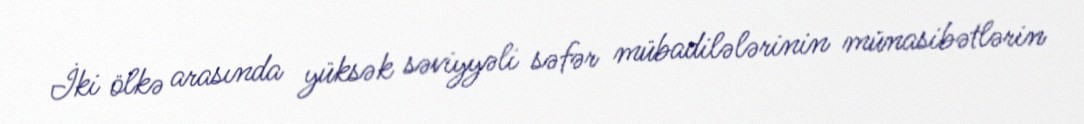
İki ölkə arasında yüksək səviyyəli səfər mübadilələrinin münasibətlərin